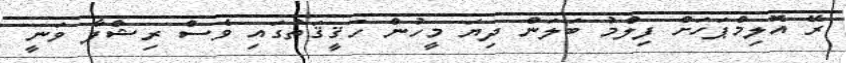
ރޭ އޮލިމްޕަހަށް ފިލްމު ބަލަން ދިޔަ މީހުން ހަޤީޤަތުގައި ވެސް ރިޝްފާ ވަނީ